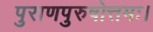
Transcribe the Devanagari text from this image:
पुराणपुरुषोत्तमः।